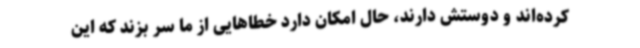
کرده‌اند و دوستش دارند، حال امکان دارد خطاهایی از ما سر بزند که این